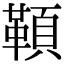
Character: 𩔈